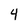
Character: 4